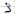
Text: S